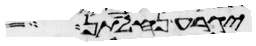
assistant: יגרע נחלתן